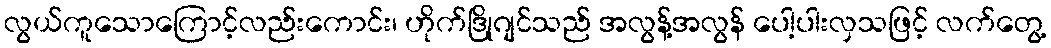
လွယ်ကူသောကြောင့်လည်းကောင်း၊ ဟိုက်ဒြိုဂျင်သည် အလွန့်အလွန် ပေါ့ပါးလှသဖြင့် လက်တွေ့